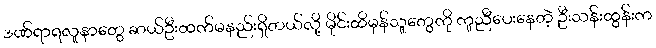
ဒဏ်ရာရလူနာတွေ ဆယ်ဦးထက်မနည်းရှိတယ်လို့ မိုင်းထိမှန်သူတွေကို ကူညီပေးနေတဲ့ ဦးသန်းထွန်းက